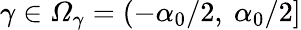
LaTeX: \gamma\in\mathcal{\Omega}_{\gamma}=(-\alpha_{0}/2,\ \alpha_{0}/2]